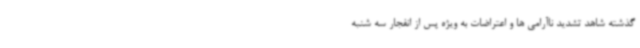
گذشته شاهد تشدید ناآرامی ها و اعتراضات به ویژه پس از انفجار سه شنبه